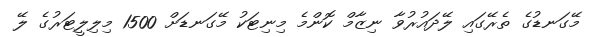
މޭގަނޑުގެ ތެރޭގައި ލޭދައުރުވާ ނިޒާމް ކޮންމެ މިނިޓަކު މޭގަނޑަށް 1500 މިލިލީޓަރުގެ ލޭ